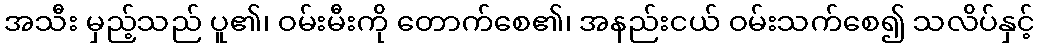
အသီး မှည့်သည် ပူ၏၊ ဝမ်းမီးကို တောက်စေ၏၊ အနည်းငယ် ဝမ်းသက်စေ၍ သလိပ်နှင့်